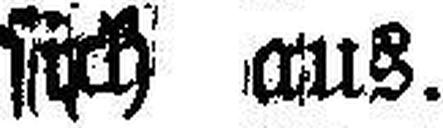
sich aus.